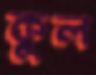
কুল